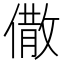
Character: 𠎭